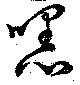
黙